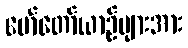
မော်တော်ယာဉ်များအား